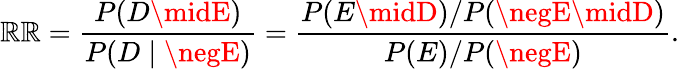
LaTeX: \mathbb{R}\mathbb{R}={\frac{{P(D\midE)}}{{P(D\mid\negE)}}}={\frac{{P(E\midD)/P(\negE\midD)}}{{P(E)/P(\negE)}}}.